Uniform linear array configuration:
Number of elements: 32
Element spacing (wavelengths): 0.25
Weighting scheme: exponential
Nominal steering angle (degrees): -60
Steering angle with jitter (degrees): -60.195
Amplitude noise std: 0.05
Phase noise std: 0.05

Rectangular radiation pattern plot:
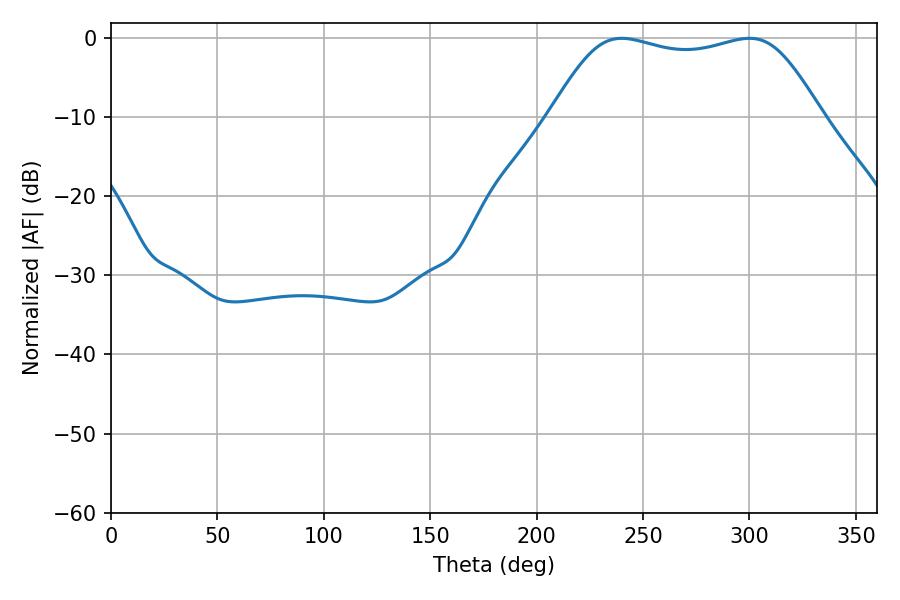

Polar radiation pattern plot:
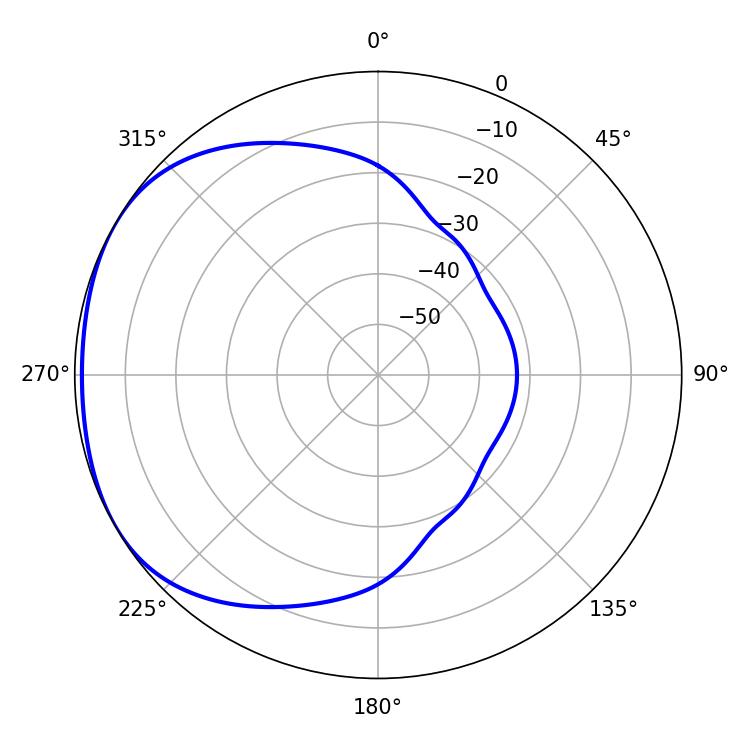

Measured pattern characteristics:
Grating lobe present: FALSE
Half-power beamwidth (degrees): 97.2
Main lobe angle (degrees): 239.94